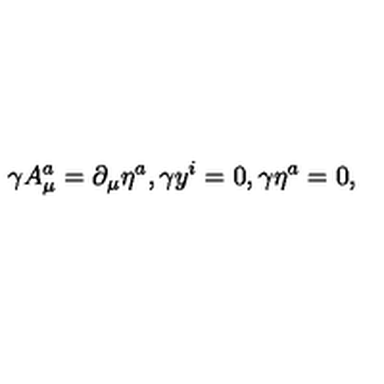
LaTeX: \gamma A _ { \mu } ^ { a } = \partial _ { \mu } \eta ^ { a } , \gamma y ^ { i } = 0 , \gamma \eta ^ { a } = 0 ,